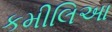
કમીલિઆ